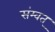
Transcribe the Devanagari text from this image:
संम्वत्